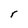
Character: r